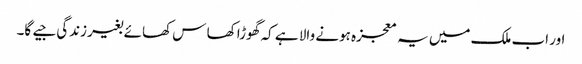
اور اب ملک میں یہ معجزہ ہونے والا ہے کہ گھوڑا کھا س کھائے بغیر زندگی جیے گا۔